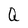
Character: Q